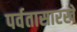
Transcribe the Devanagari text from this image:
पर्वतासारखे